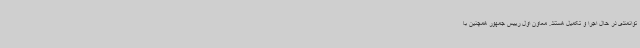
توانمندی در حال اجرا و تکمیل هستند. معاون اول رییس جمهور همچنین با